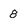
Character: 8